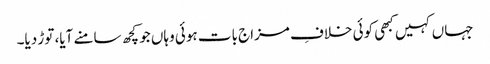
جہاں کہیں کبھی کوئی خلافِ مزاج بات ہوئی وہاں جو کچھ سامنے آیا، توڑ دیا۔